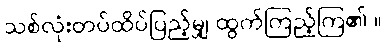
သစ်လုံးတပ်ထိပ်ပြည့်မျှ ထွက်ကြည့်ကြ၏ ။